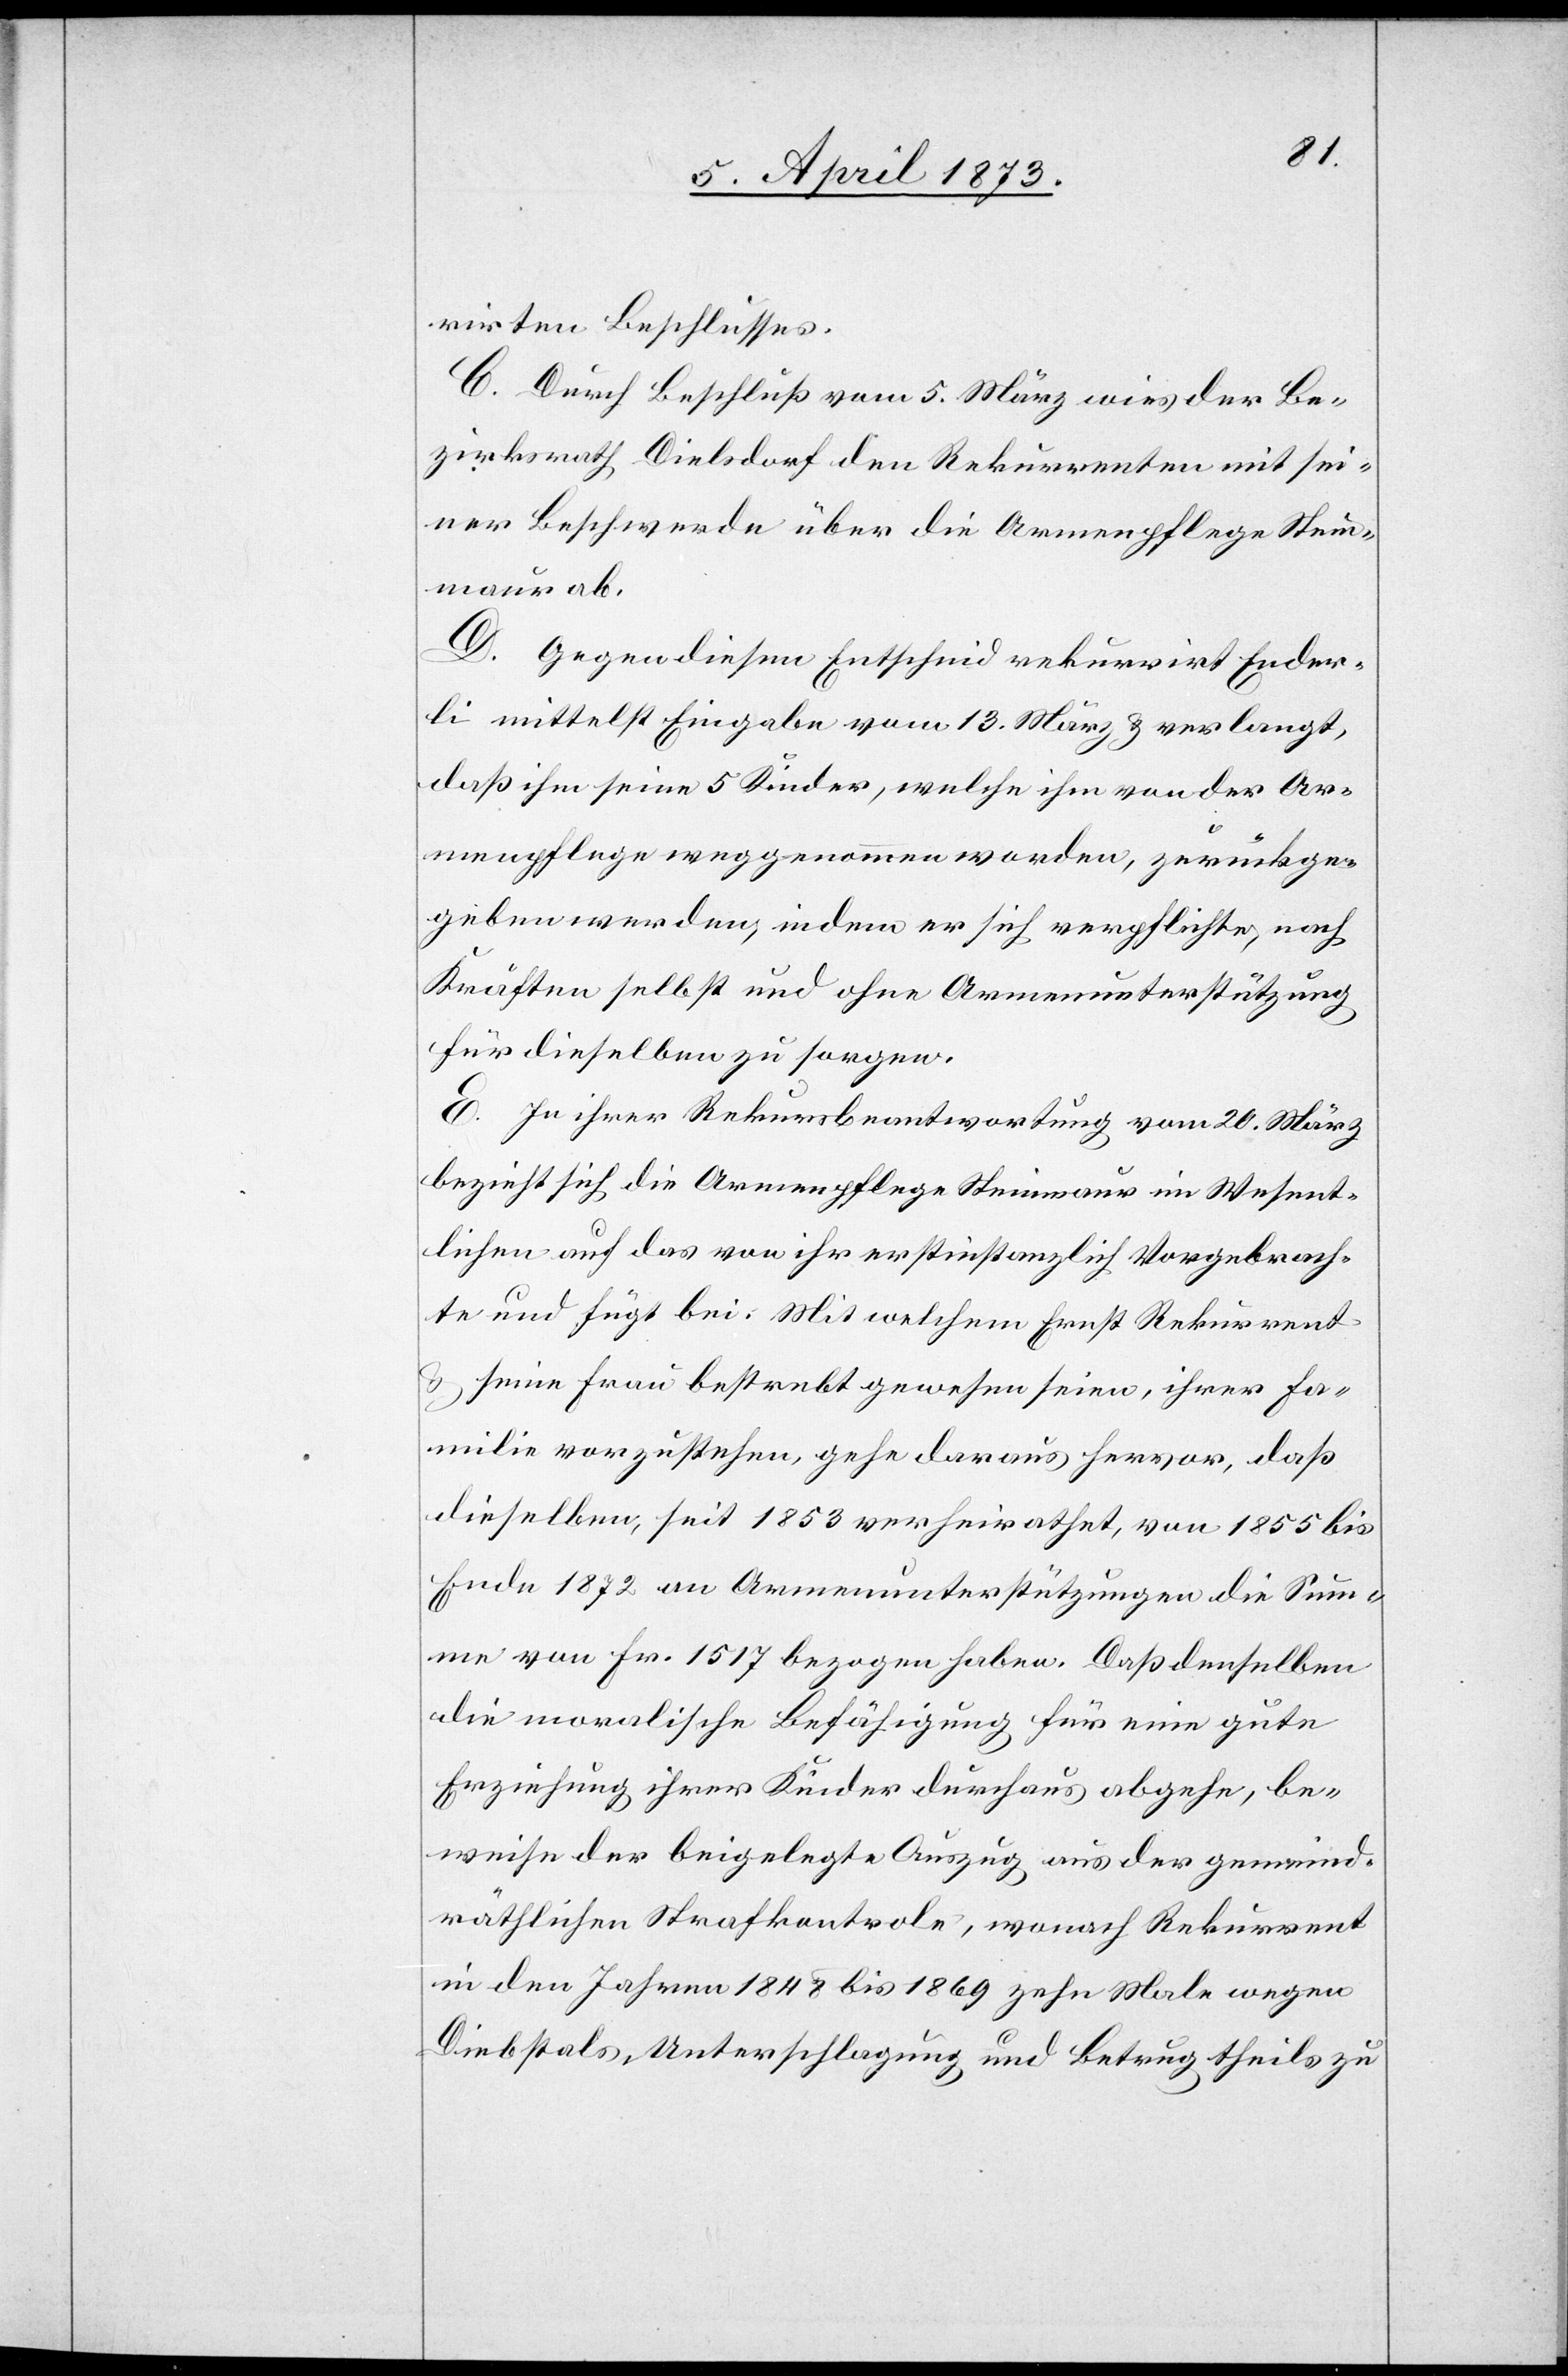
rirten Beschlusses.
C. Durch Beschluß vom 5. März wies der Be¬
zirksrath Dielsdorf den Rekurrenten mit sei¬
ner Beschwerde über die Armenpflege Stein¬
maur ab.
D. Gegen diesen Entscheid rekurrirt Ender¬
li mittelst Eingabe vom 13. März & verlangt,
daß ihm seine 5 Kinder, welche ihm von der Ar¬
menpflege weggenommen worden, zurückge¬
geben werden, indem er sich verpflichte, nach
Kräften selbst und ohne Armenunterstützung
für dieselben zu sorgen.
E. Zu ihrer Rekursbeantwortung vom 20. März
bezieht sich die Armenpflege Steinmaur im Wesent¬
lichen auf das von ihr erstinstanzlich Vorgebrach¬
te und fügt bei: Mit welchem Ernst Rekurrent
& seine Frau bestrebt gewesen seien, ihrer Fa¬
milie vorzustehen, gehe daraus hervor, daß
dieselben, seit 1853 verheirathet, von 1855 bis
Ende 1872 an Armenunterstützungen die Sum¬
me von Fr. 1517 bezogen haben. Daß denselben
die moralische Befähigung für eine gute
Erziehung ihrer Kinder durchaus abgehe, be¬
weise der beigelegte Auszug aus der gemeind¬
räthlichen Strafkontrol[l]e, wonach Rekurrent
in den Jahren 1848 bis 1869 zehn Male wegen
Diebstals, Unterschlagung und Betrug theils zu